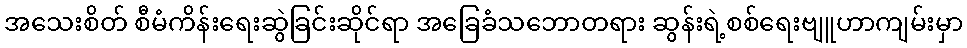
အသေးစိတ် စီမံကိန်းရေးဆွဲခြင်းဆိုင်ရာ အခြေခံသဘောတရား ဆွန်းရဲ့စစ်ရေးဗျူဟာကျမ်းမှာ